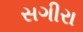
સગીરા